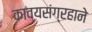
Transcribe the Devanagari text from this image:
काव्यसंग्रहाने